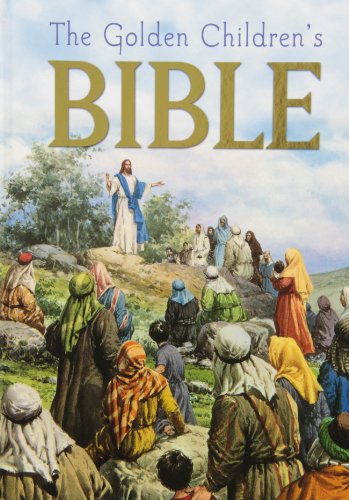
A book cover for The Children's Bible; Golden Books; Christian Books & Bibles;